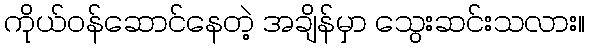
ကိုယ်ဝန်ဆောင်နေတဲ့ အချိန်မှာ သွေးဆင်းသလား။